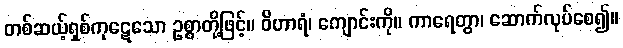
တစ်ဆယ့်ရှစ်ကုဋေသော ဥစ္စာတို့ဖြင့်။ ဝိဟာရံ၊ ကျောင်းကို။ ကာရေတွာ၊ ဆောက်လုပ်စေ၍။